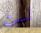
لست